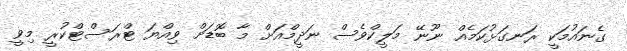
ގެނައުމަކީ ރަނގަޅުކަމެއް ނޫނޭ މަލީކްވެސް ނަދީމްއަށް މާ ބޮޑަށް ވިއްޔަ ޓްރަސްޓްކުރީ މިވީ